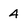
Character: 4